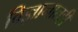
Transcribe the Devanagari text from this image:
विज्ञानातही